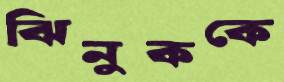
ঝিনুককে